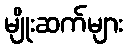
မျိုးဆက်များ